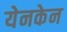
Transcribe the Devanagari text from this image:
येनकेन